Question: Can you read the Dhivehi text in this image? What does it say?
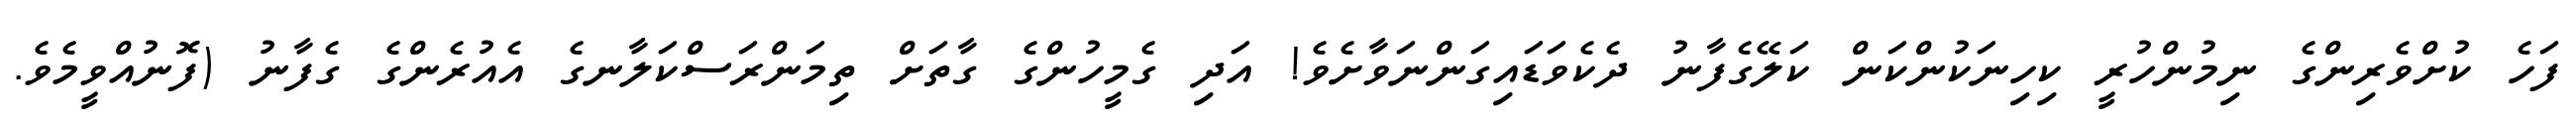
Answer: ފަހެ ކުށްވެރިންގެ ނިމުންހުރީ ކިހިނަކުންކަން ކަލޭގެފާނު ދެކެވަޑައިގަންނަވާށެވެ! އަދި ގެމީހުންގެ ގާތަށް ތިމަންރަސްކަލާނގެ އެއުރެންގެ ގެފާނު (ފޮނުއްވީމެވެ.